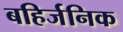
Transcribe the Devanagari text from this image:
बहिर्जनिक